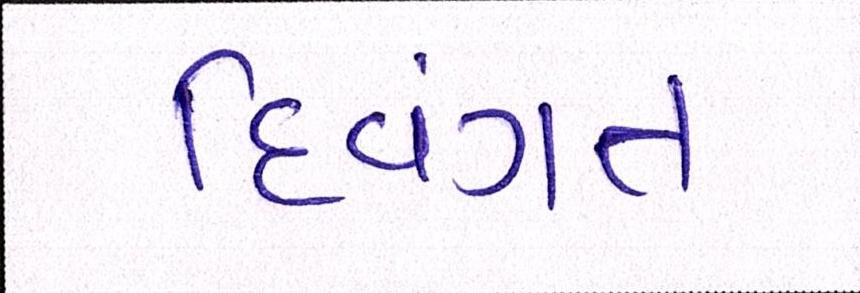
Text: દિવંગત